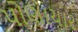
પોણાચાર